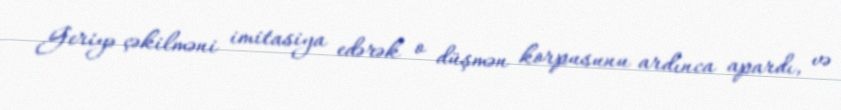
Geriyə çəkilməni imitasiya edərək o düşmən korpusunu ardınca apardı, və